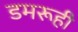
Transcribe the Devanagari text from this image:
डमरूही